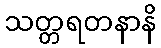
သတ္တရတနာနိ